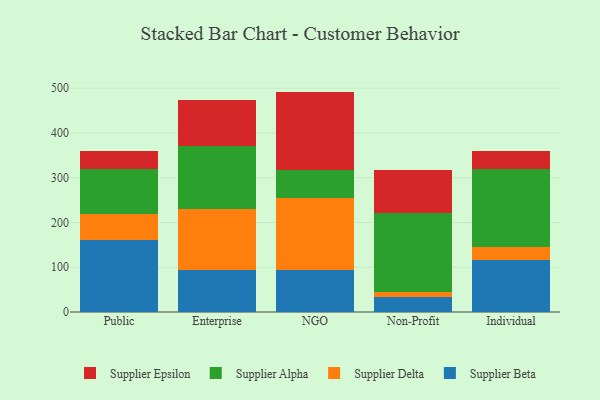
{"axis": {"x": "Segment", "y": "Gross Profit (USD K)"}, "legend": ["Supplier Alpha", "Supplier Beta", "Supplier Delta", "Supplier Epsilon"], "data": [{"x": "Public", "y": 161.3, "type": "Supplier Beta"}, {"x": "Public", "y": 57.0, "type": "Supplier Delta"}, {"x": "Public", "y": 101.2, "type": "Supplier Alpha"}, {"x": "Public", "y": 40.1, "type": "Supplier Epsilon"}, {"x": "Enterprise", "y": 94.0, "type": "Supplier Beta"}, {"x": "Enterprise", "y": 136.6, "type": "Supplier Delta"}, {"x": "Enterprise", "y": 139.2, "type": "Supplier Alpha"}, {"x": "Enterprise", "y": 104.6, "type": "Supplier Epsilon"}, {"x": "NGO", "y": 94.0, "type": "Supplier Beta"}, {"x": "NGO", "y": 159.6, "type": "Supplier Delta"}, {"x": "NGO", "y": 63.9, "type": "Supplier Alpha"}, {"x": "NGO", "y": 174.9, "type": "Supplier Epsilon"}, {"x": "Non-Profit", "y": 33.8, "type": "Supplier Beta"}, {"x": "Non-Profit", "y": 11.4, "type": "Supplier Delta"}, {"x": "Non-Profit", "y": 176.8, "type": "Supplier Alpha"}, {"x": "Non-Profit", "y": 94.4, "type": "Supplier Epsilon"}, {"x": "Individual", "y": 115.1, "type": "Supplier Beta"}, {"x": "Individual", "y": 30.2, "type": "Supplier Delta"}, {"x": "Individual", "y": 173.9, "type": "Supplier Alpha"}, {"x": "Individual", "y": 40.9, "type": "Supplier Epsilon"}]}